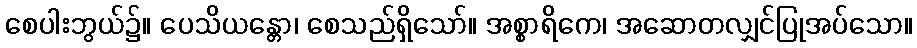
စေပါးဘွယ်၌။ ပေသိယန္တော၊ စေသည်ရှိသော်။ အစ္စာရိကေ၊ အဆောတလျှင်ပြုအပ်သော။